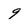
Character: 9